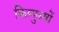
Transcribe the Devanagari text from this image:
किम्पुरुषों